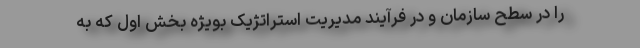
را در سطح سازمان و در فرآیند مدیریت استراتژیک بویژه بخش اول که به